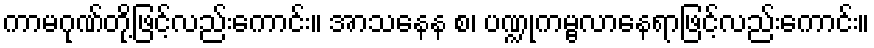
ကာမဂုဏ်တို့ဖြင့်လည်းကောင်း။ အာသနေန စ၊ ပဏ္ဍုကမ္ဗလာနေရာဖြင့်လည်းကောင်း။